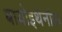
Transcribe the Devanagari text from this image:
बायोइथेनॉल